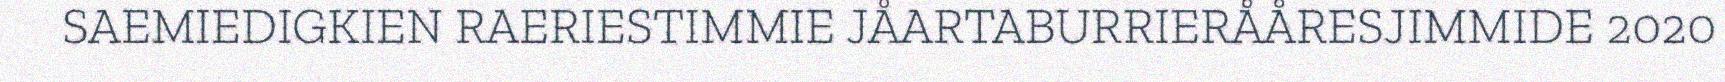
SAEMIEDIGKIEN RAERIESTIMMIE JÅARTABURRIERÅÅRESJIMMIDE 2020